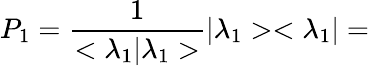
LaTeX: P_{1}=\frac{1}{<{\lambda}_{1}|{\lambda}_{1}>}|{\lambda}_{1}><{\lambda}_{1}|=